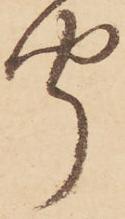
聞